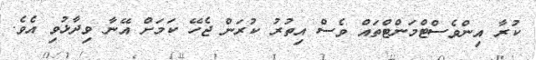
ކުރާ އިންވެސްޓްމަންޓްތައް ވެސް އިތުރު ކުރަން ޖެހޭ ކަމަށް އޭނާ ވިދާޅުވި އެވެ.